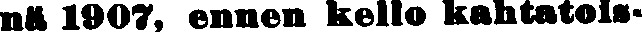
nä 1907, ennen kello kahtatois-